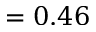
= 0 . 4 6